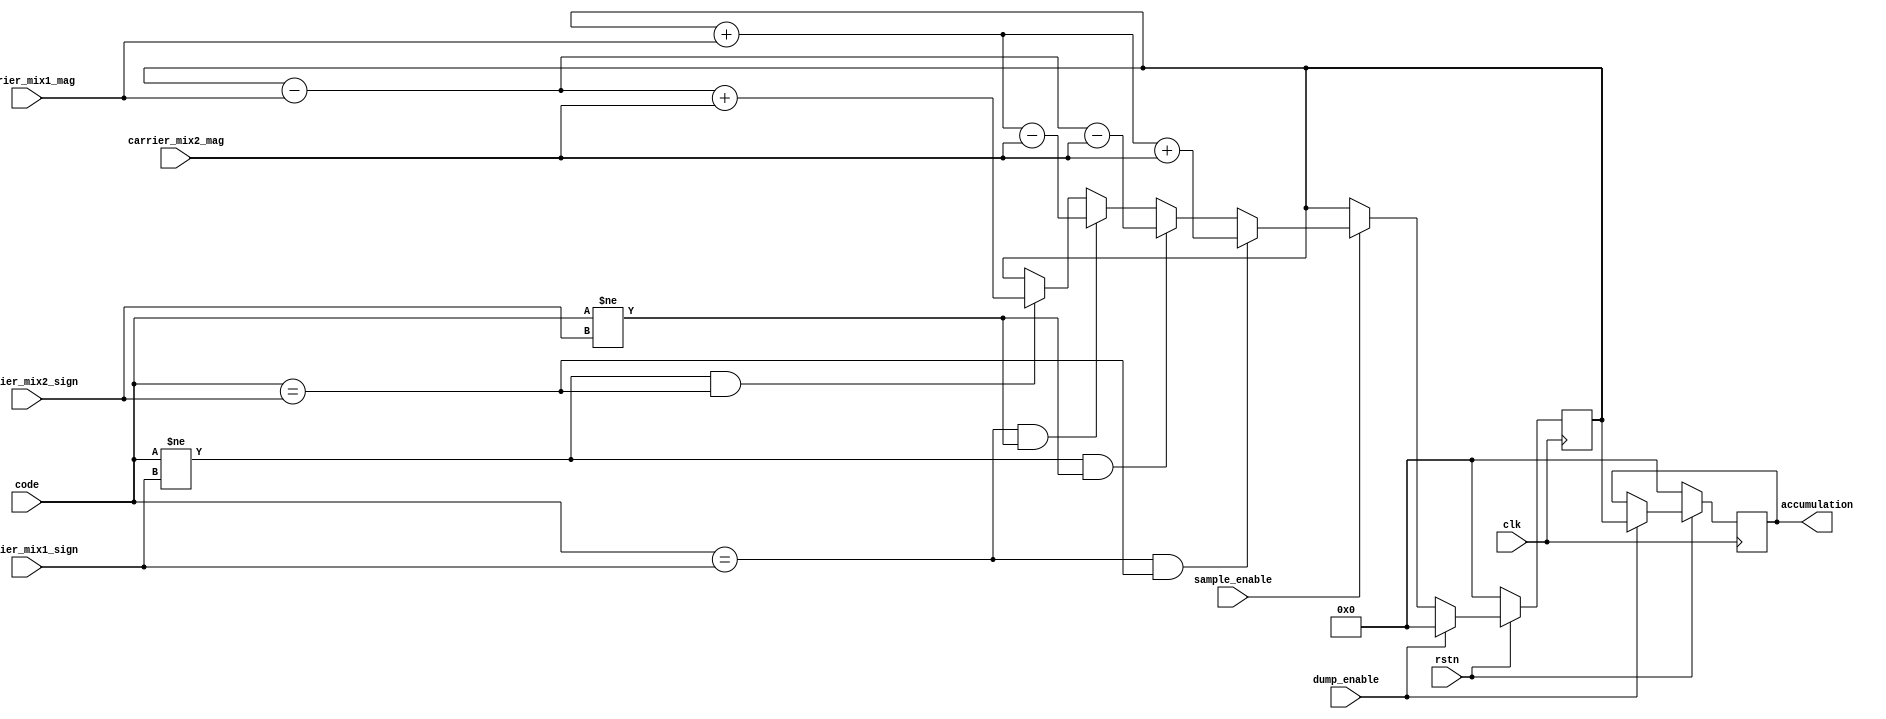
//                              -*- Mode: Verilog -*-
// Description     : accumulate and dump process

// Code updated    : Artyon Favrilov, gnss-sdr.com, 2012
/*
 carrier_mix_sign provides the sign.
 0 for negative, 1 for positive.
 The three magnitude bits represent the values 1,2,3,6.
 
 The code is 0 or 1 representing -1 or 1 respectively.
 
 The multiplication of the carrier_mix and the code
 is simply the carrier_mix_mag with the sign determined
 from the multiplication of the carrier_mix sign and the code.
 
 code              0 0 1 1
 carrier_mix_sign  0 1 0 1
                   -------
 result            1 0 0 1  (0 for -ve, 1 for +ve)
 
 if (code == carrier_mix_sign) result = 1
 else result = 0
 */
/*
	Copyright (C) 2007  Peter Mumford

    This library is free software; you can redistribute it and/or
    modify it under the terms of the GNU Lesser General Public
    License as published by the Free Software Foundation; either
    version 2.1 of the License, or (at your option) any later version.

    This library is distributed in the hope that it will be useful,
    but WITHOUT ANY WARRANTY; without even the implied warranty of
    MERCHANTABILITY or FITNESS FOR A PARTICULAR PURPOSE.  See the GNU
    Lesser General Public License for more details.

    You should have received a copy of the GNU Lesser General Public
    License along with this library; if not, write to the Free Software
    Foundation, Inc., 51 Franklin Street, Fifth Floor, Boston, MA  02110-1301  USA
*/

module accumulator_two_inputs (clk, rstn, sample_enable, code, carrier_mix1_sign, carrier_mix1_mag, carrier_mix2_sign, carrier_mix2_mag, dump_enable, accumulation);
  input clk, rstn, sample_enable, dump_enable;
  input carrier_mix1_sign, carrier_mix2_sign;
  input [2:0] carrier_mix1_mag, carrier_mix2_mag;
  input code;

  output [15:0] accumulation;

  reg [15:0] accum_i;
  reg [15:0] accumulation;

  always @ (posedge clk)
  begin
    if (!rstn)
    begin
      accumulation <= 0;
      accum_i <= 0;
    end
    else if (dump_enable)
    begin
      accumulation <= accum_i;  // buffer the accumultion...
      accum_i <= 0;             // then reset the accumulation 	//xilinx ISE error!
    end
    else if (sample_enable) // 20 MHz rate
    begin
      if ( (code == carrier_mix1_sign) && (code == carrier_mix2_sign) )
        accum_i <= accum_i + {13'b0000000000000, carrier_mix1_mag} + {13'b0000000000000, carrier_mix2_mag};
      else if ( (code != carrier_mix1_sign) && (code != carrier_mix2_sign) )
        accum_i <= accum_i - {13'b0000000000000, carrier_mix1_mag} - {13'b0000000000000, carrier_mix2_mag};
      else if ( (code == carrier_mix1_sign) && (code != carrier_mix2_sign) )
        accum_i <= accum_i + {13'b0000000000000, carrier_mix1_mag} - {13'b0000000000000, carrier_mix2_mag};
      else if ( (code != carrier_mix1_sign) && (code == carrier_mix2_sign) )
        accum_i <= accum_i - {13'b0000000000000, carrier_mix1_mag} + {13'b0000000000000, carrier_mix2_mag};
      end
    end // always @ (posedge clk)
endmodule // accumulator_two_inputs